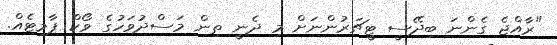
"ރާއްޖެ ގެންނަ ބިދޭސީ ޓީޗަރުންނަށް މި ދެނީ ތިން މަސްދުވަހުގެ ވޯކް ޕާމިޓެއް.